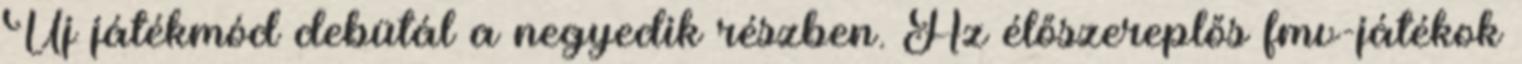
Új játékmód debütál a negyedik részben. Az élőszereplős fmv-játékok